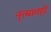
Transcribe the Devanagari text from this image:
नृत्यातही